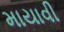
માયાવી